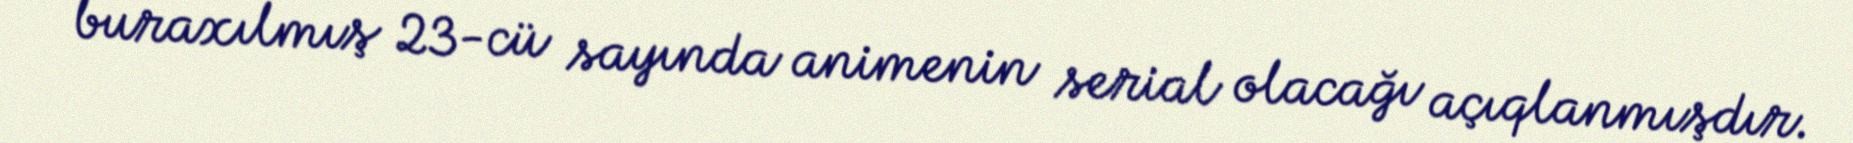
buraxılmış 23-cü sayında animenin serial olacağı açıqlanmışdır.